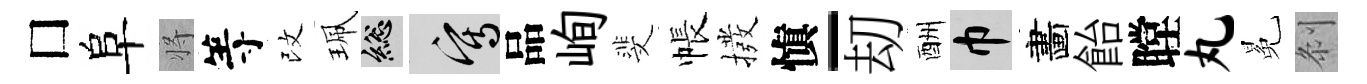
□阜将等改珮總寫品峋斐帳撥愼-刧酬巾畵飴瞠丸冕𠛴